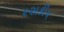
રસકીય